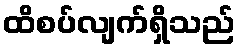
ထိစပ်လျက်ရှိသည်